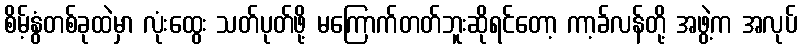
စိမ့်နွံတစ်ခုထဲမှာ လုံးထွေး သတ်ပုတ်ဖို့ မကြောက်တတ်ဘူးဆိုရင်တော့ ကာ့ခ်လန်တို့ အဖွဲ့က အလုပ်